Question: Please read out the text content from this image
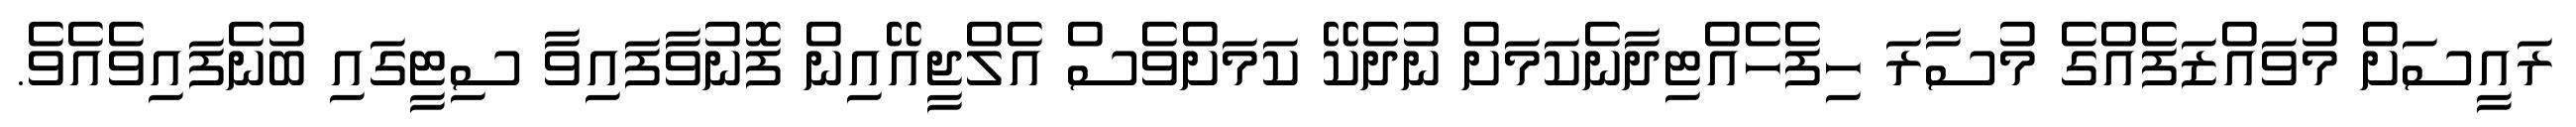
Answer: ރައީސަށް މުވައްޒަފެއްގެ މުސާރަ ހިފެހެއްޓިދާނެކަމަށް ނުދެކޭ ކަމަށްވެސް އެލްޖީއޭއިން ފޮނުވާފައިވާ ސިޓީގައި ބުނެފައިވެއެވެ.